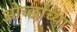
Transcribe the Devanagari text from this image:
ओर्च्छाच्या